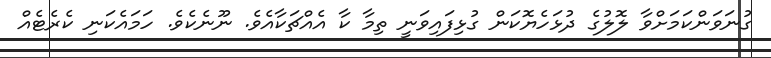
ގުނަވަންކަމަށްވާ ލޮލުގެ ދުޅަހެޔޮކަން ގުޅިފައިވަނީ ތިމާ ކާ އެއްޗަކާއެވެ. ނޫނެކެވެ. ހަމައެކަނި ކެރެޓެއް